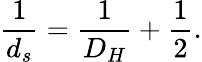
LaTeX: \frac{1}{d_{s}}=\frac{1}{D_{H}}+\frac{1}{2}.